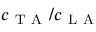
c _ { \mathrm { ~ T ~ A ~ } } / c _ { \mathrm { ~ L ~ A ~ } }